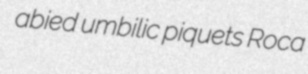
abied umbilic piquets Roca